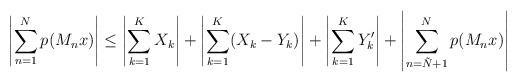
LaTeX: \begin{align*} \left|\sum_{n=1}^Np(M_nx)\right|\leq \left|\sum_{k=1}^KX_k\right|+\left|\sum_{k=1}^K(X_k-Y_k)\right|+\left|\sum_{k=1}^K Y'_k \right|+\left|\sum_{n=\tilde{N}+1}^Np(M_nx)\right|\end{align*}